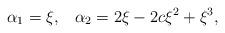
LaTeX: \begin{align*}\alpha_{1}=\xi,\;\;\;\alpha_{2}=2\xi-2c\xi^{2}+\xi^{3},\end{align*}